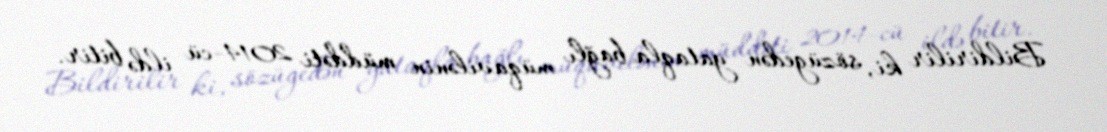
Bildirilir ki, sözügedən yataqla bağlı müqavilənin müddəti 2014-cü ildə bitir.